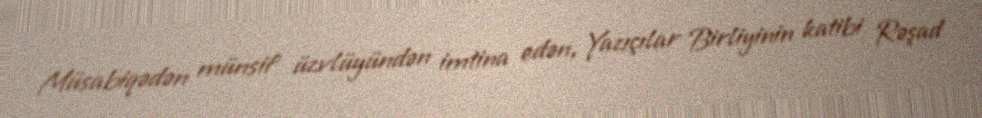
Müsabiqədən münsif üzvlüyündən imtina edən, Yazıçılar Birliyinin katibi Rəşad